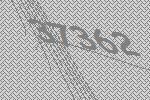
37362